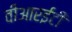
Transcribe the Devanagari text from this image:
वीआरईटी